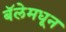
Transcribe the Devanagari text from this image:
बॅलेमधून